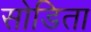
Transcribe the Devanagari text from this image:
सोडिता